Lunatic asylums in Bengal annual reports 1912-1924 - 1912-1924
Year: 1912
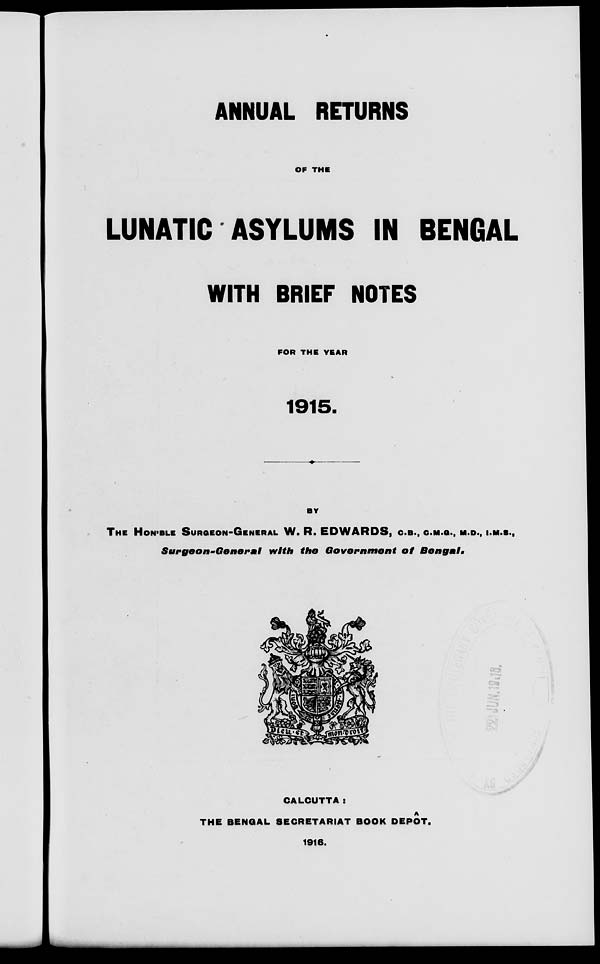
ANNUAL RETURNS
OF THE
LUNATIC ASYLUMS IN BENGAL
WITH BRIEF NOTES
FOR THE YEAR
1915.
BY
THE HON'BLE SURGEON-GENERAL W. R. EDWARDS, C.B., C.M.G., M.D., I.M.S.,
Surgeon-GeneraI
with the Government
of
Bengal.
CALCUTTA :
THE BENGAL SECRETARIAT BOOK DEPÔT.
1916.